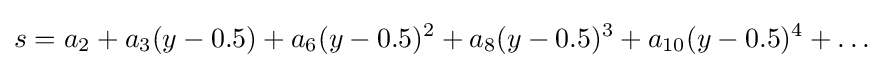
s=a_{2}+a_{3}(y-0.5)+a_{6}(y-0.5)^{2}+a_{8}(y-0.5)^{3}+a_{10}(y-0.5)^{4}+\dots